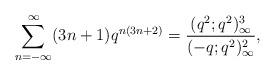
LaTeX: \begin{align*} \sum_{n=-\infty}^\infty (3n+1)q^{n(3n+2)} =\frac{(q^2;q^2)_\infty^3}{(-q;q^2)_\infty^2},\end{align*}